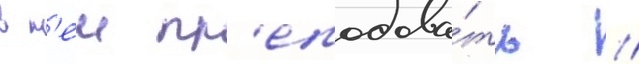
в н'еи пр'еподава́ть //